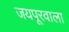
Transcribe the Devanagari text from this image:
जयपूरवाला